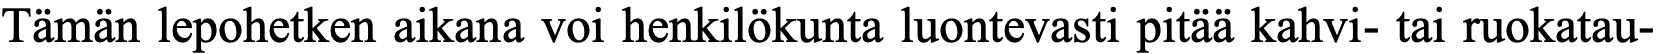
Tämän lepohetken aikana voi henkilökunta luontevasti pitää kahvi- tai ruokatau-